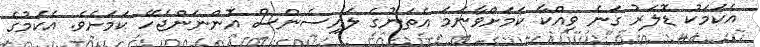
އެކަމަކު ޑޮލަރު ގަނެ ވިއްކާ ކަމަށްވާނަމަ އެތަނުގެ ލައިސެންސް އޮންނަންޖެހޭ ކަމަށެވެ. އެކަމުގެ